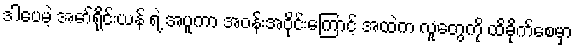
ဒါပေမဲ့ အော်ရိုင်းယန် ရဲ့ အပူကာ အဝန်းအဝိုင်းကြောင့် အထဲက လူတွေကို ထိခိုက်စေမှာ